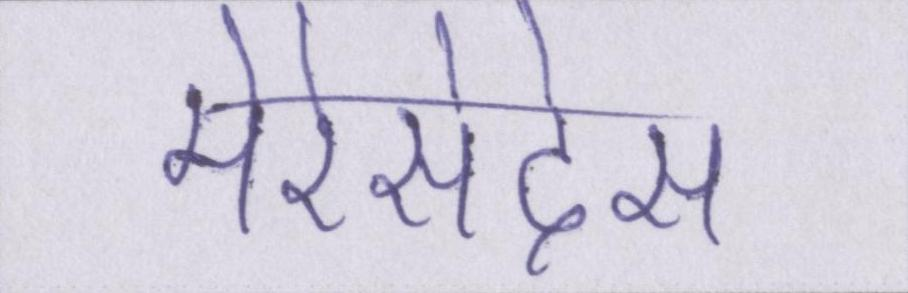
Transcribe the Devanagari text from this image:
मेरेसेदेस